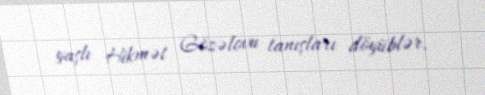
yaşlı Hikmət Gözəlovu tanışları döyüblər.